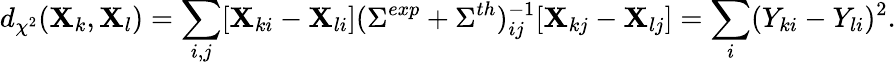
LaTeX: d_{\chi^{2}}(\mathbf{X}_{k},\mathbf{X}_{l})=\sum_{i,j}[\mathbf{X}_{ki}-\mathbf{X}_{li}](\Sigma^{exp}+\Sigma^{th})_{ij}^{-1}[\mathbf{X}_{kj}-\mathbf{X}_{lj}]=\sum_{i}(Y_{ki}-Y_{li})^{2}.